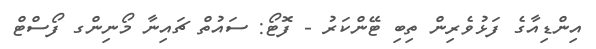
އިންޑިއާގެ ފަޅުވެރިން ތިބި ޓޭންކަރު - ފޮޓޯ: ސައުތް ޗައިނާ މޯނިންގ ފޯސްޓް